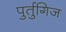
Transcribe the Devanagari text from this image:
पुर्तुगिज